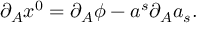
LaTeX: \partial _ { A } x ^ { 0 } = \partial _ { A } \phi - a ^ { s } \partial _ { A } a _ { s } .